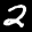
Label: 2